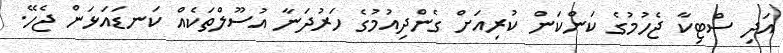
އަދި ސްޓިކާ ޖެހުމުގެ ކަންކަން ކުރިއަށް ގެންދިއުމުގެ ހަރުދަނާ އުސޫލްތަކެއް ކަނޑައަޅަން ޖެހޭ.